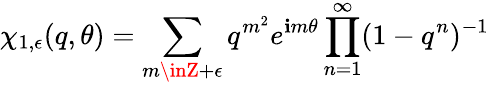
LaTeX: \chi_{1,\epsilon}(q,\theta)=\sum_{m\inZ+\epsilon}q^{m^{2}}e^{\mathbf{i}m\theta}\prod_{n=1}^{\infty}(1-q^{n})^{-1}